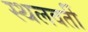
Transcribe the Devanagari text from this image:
स्थलवर्ती